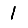
Digit: 1